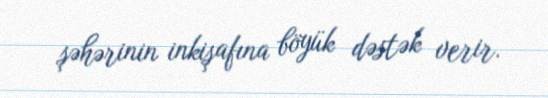
şəhərinin inkişafına böyük dəstək verir.